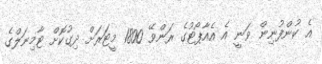
އެ ކުންފުނިން ވަނީ އެ އެއާޕޯޓުގެ ރަންވޭ 1800 މީޓަރަށް ދިގުކޮށް ޓާމިނަލްގެ